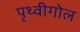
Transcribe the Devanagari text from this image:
पृथ्वीगोल